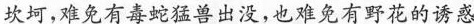
坎坷，难免有毒蛇猛兽出没，也难免有野花的诱惑